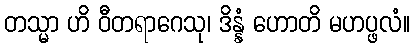
တသ္မာ ဟိ ဝီတရာဂေသု၊ ဒိန္နံ ဟောတိ မဟပ္ဖလံ။